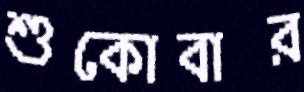
শুকোবার